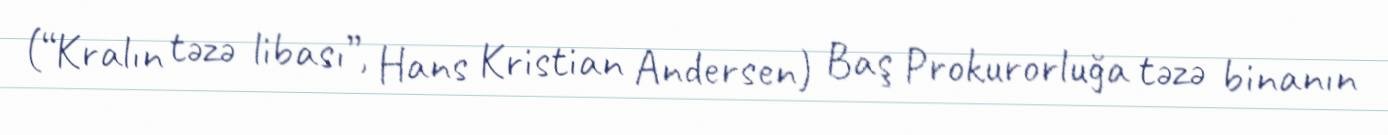
(“Kralın təzə libası”, Hans Kristian Andersen) Baş Prokurorluğa təzə binanın